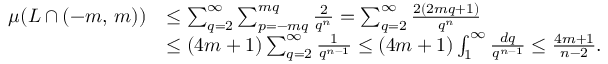
{ \begin{array} { r l } { \mu ( L \cap ( - m , \, m ) ) } & { \leq \sum _ { q = 2 } ^ { \infty } \sum _ { p = - m q } ^ { m q } { \frac { 2 } { q ^ { n } } } = \sum _ { q = 2 } ^ { \infty } { \frac { 2 ( 2 m q + 1 ) } { q ^ { n } } } } \\ & { \leq ( 4 m + 1 ) \sum _ { q = 2 } ^ { \infty } { \frac { 1 } { q ^ { n - 1 } } } \leq ( 4 m + 1 ) \int _ { 1 } ^ { \infty } { \frac { d q } { q ^ { n - 1 } } } \leq { \frac { 4 m + 1 } { n - 2 } } . } \end{array} }